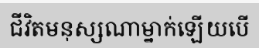
ជីវិតមនុស្សណាម្នាក់ឡើយបើ